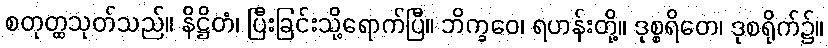
စတုတ္ထသုတ်သည်။ နိဋ္ဌိတံ၊ ပြီးခြင်းသို့ရောက်ပြီ။ ဘိက္ခဝေ၊ ရဟန်းတို့။ ဒုစ္စရိတေ၊ ဒုစရိုက်၌။